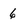
Character: 6